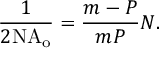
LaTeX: { \frac { 1 } { 2 { \mathrm { N A } } _ { \mathrm { o } } } } = { \frac { m - P } { m P } } N .